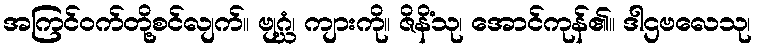
အကြင်ဝက်တို့စင်လျက်။ ဗျဂ္ဃံ၊ ကျားကို။ ဇိနိံသု၊ အောင်ကုန်၏။ ဒါဌဗလေသု၊